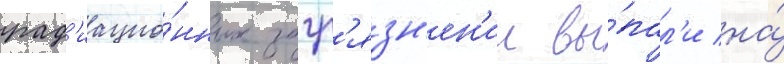
рад'иацио́нных загр'язн'ен'ии вы́пал'и на́